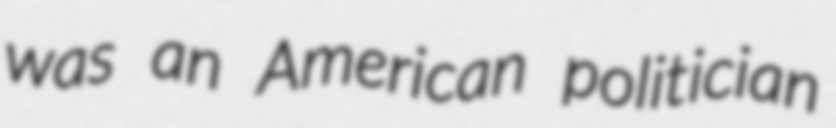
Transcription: was an American politician